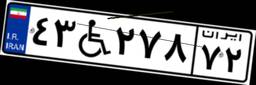
۴۳W۲۷۸۷۲